Vaccine operations Central Provinces 1886-1899 - 1886-1899
Year: 1886
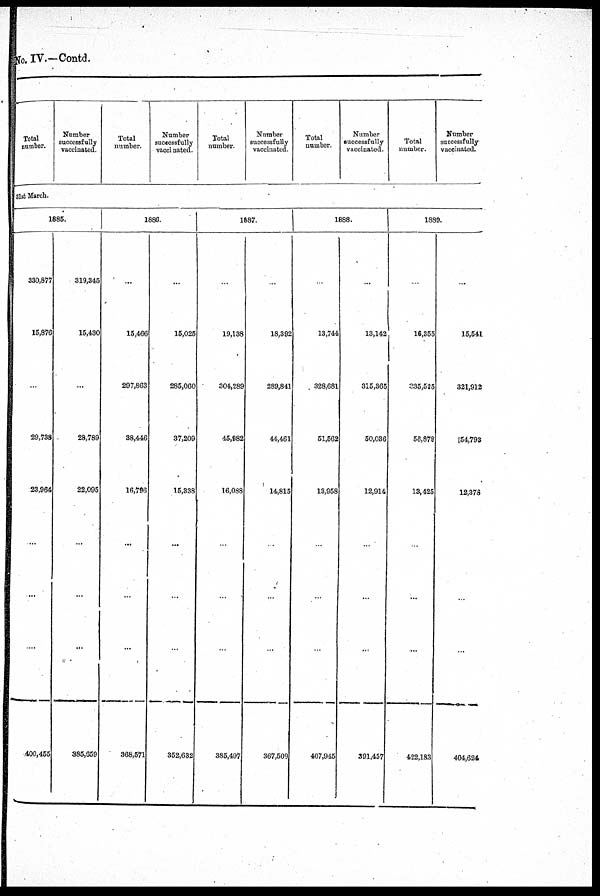
No. IV.—Contd.
Total
number.
Number
successfully
vaccinated.
Total
number.
Number
successfully
vaccinated.
Total
number.
Number
successfully
vaccinated.
Total
number.
Number
successfully
vaccinated.
Total
number.
Number
successfully
vaccinated.
31st March.
1885.
330,877
15,876
...
29,738
23,964
...
....
400,455
319,345
15,430
...
28,789
22,095
...
...
385,659
1886.
...
15,466
297,863
38,446
16,796
...
...
368,571
...
15,025
285,060
37,209
15,338
...
...
352,632
1887.
...
19,138
304,289
45,982
16,088
...
...
385,497
...
18,392
289,841
44,461
14,815
...
...
367,509
1888.
...
13,744
328,681
51,562
13,958
...
...
407,945
...
13,142
315,365
50,036
12,914
...
...
391,457
1889.
...
16,355
335,525
56,878
13,425
...
...
422,183
...
15,541
321,912
54,793
12,378
...
...
404,624